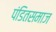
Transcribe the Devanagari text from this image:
पंडितसमाज